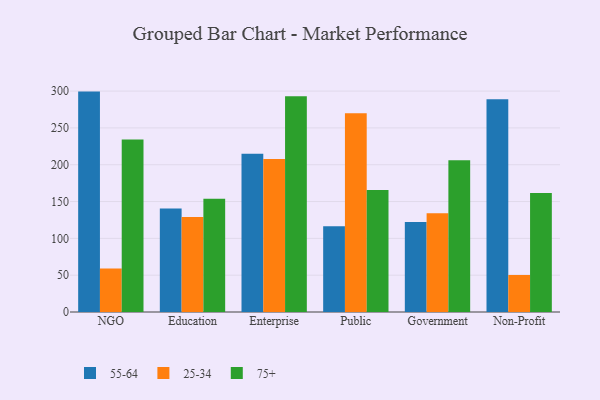
{"axis": {"x": "Segment", "y": "Revenue (USD Million)"}, "legend": ["25-34", "55-64", "75+"], "data": [{"x": "NGO", "y": 299.3, "type": "55-64"}, {"x": "NGO", "y": 59.2, "type": "25-34"}, {"x": "NGO", "y": 234.4, "type": "75+"}, {"x": "Education", "y": 140.7, "type": "55-64"}, {"x": "Education", "y": 129.1, "type": "25-34"}, {"x": "Education", "y": 153.8, "type": "75+"}, {"x": "Enterprise", "y": 214.8, "type": "55-64"}, {"x": "Enterprise", "y": 207.8, "type": "25-34"}, {"x": "Enterprise", "y": 292.9, "type": "75+"}, {"x": "Public", "y": 116.6, "type": "55-64"}, {"x": "Public", "y": 270.0, "type": "25-34"}, {"x": "Public", "y": 165.7, "type": "75+"}, {"x": "Government", "y": 122.1, "type": "55-64"}, {"x": "Government", "y": 134.1, "type": "25-34"}, {"x": "Government", "y": 206.0, "type": "75+"}, {"x": "Non-Profit", "y": 288.9, "type": "55-64"}, {"x": "Non-Profit", "y": 50.3, "type": "25-34"}, {"x": "Non-Profit", "y": 161.7, "type": "75+"}]}